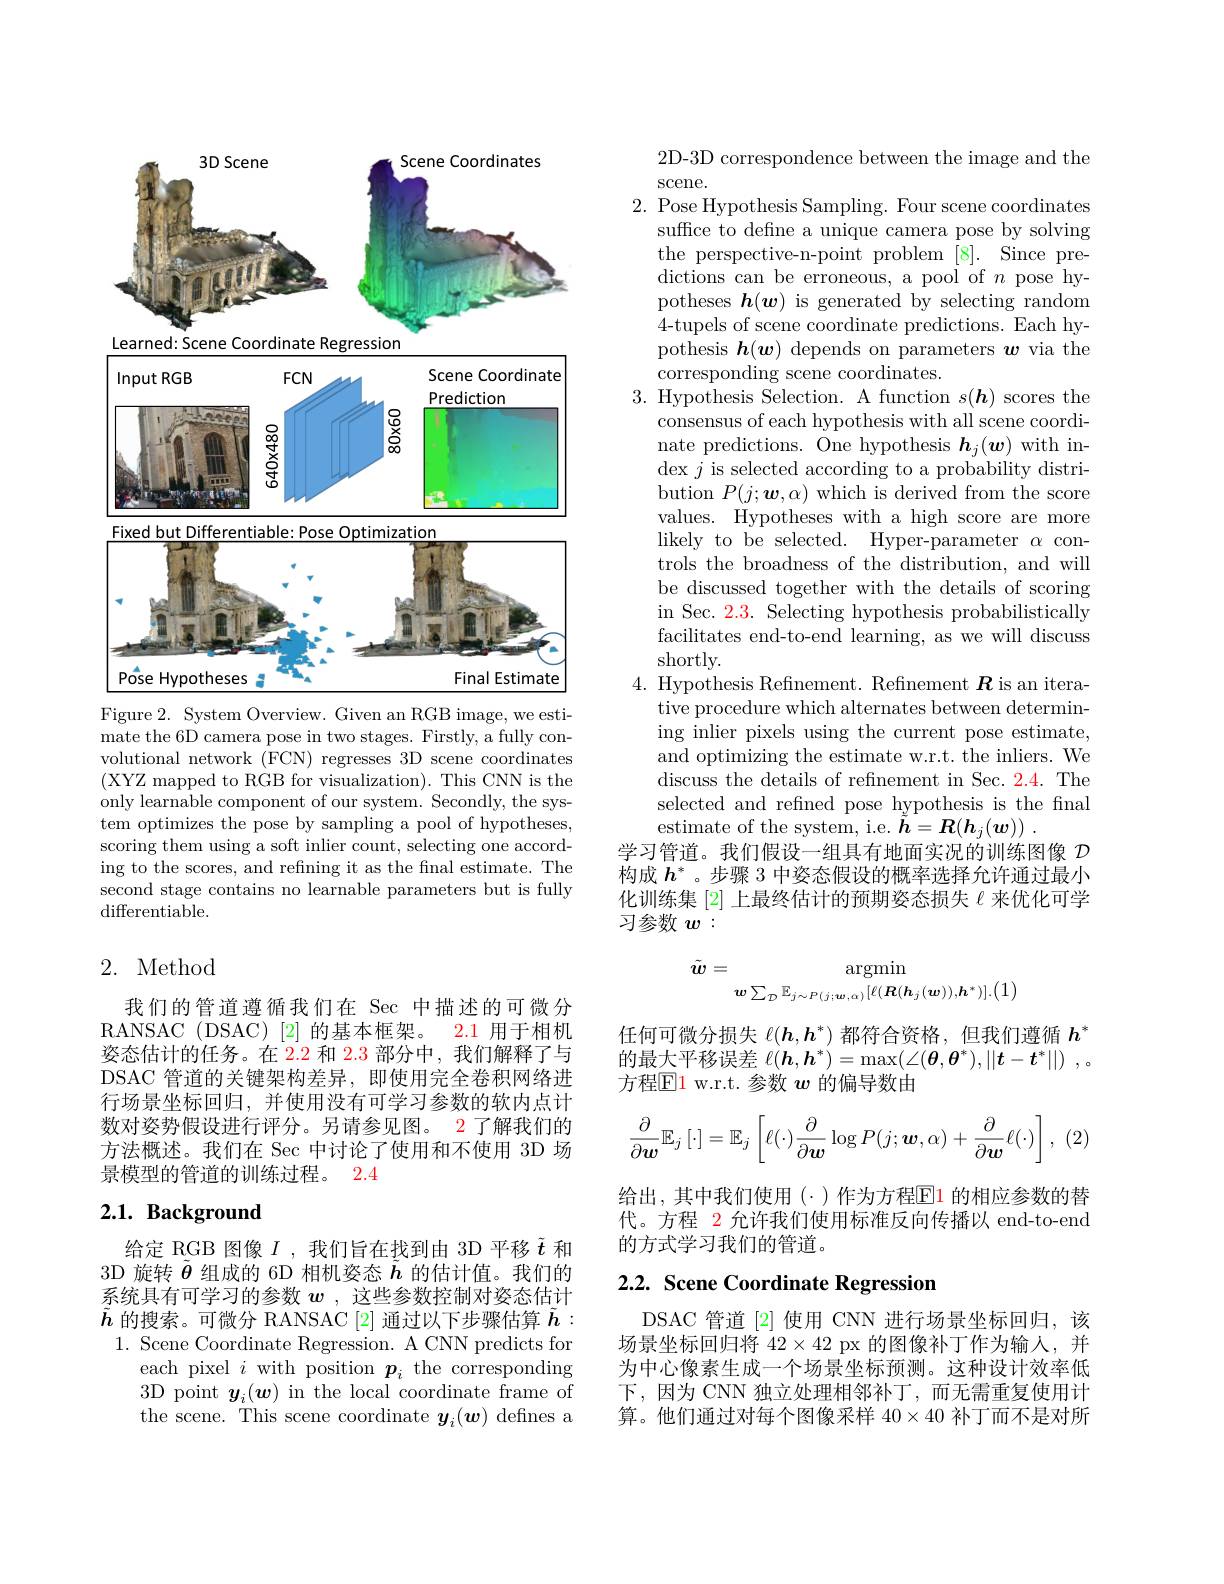
<FigureHere>
Figure 2. System Overview. Given an RGB image, we esti-

mate the 6D camera pose in two stages. Firstly, a fully convolutional network (FCN) regresses 3D scene coordinates (XYZ mapped to RGB for visualization). This CNN is the only learnable component of our system. Secondly, the system optimizes the pose by sampling a pool of hypotheses, scoring them using a soft inlier count, selecting one according to the scores, and refning it as the fnal estimate. The second stage contains no learnable parameters but is fully ${\mathrm{differentiable}}.$

## 2. Method

我们的管道遵循我们在 Sec 中描述的可微分RANSAC (DSAC)[2] 的基本框架。2.1 用于相机姿态估计的任务。在 2.2 和 2.3 部分中，我们解释了与DSAC 管道的关键架构差异，即使用完全卷积网络进行场景坐标回归，并使用没有可学习参数的软内点计数对姿势假设进行评分。另请参见图。2 了解我们的方法概述。我们在 Sec 中讨论了使用和不使用 3D 场景模型的管道的训练过程。2.4

## $2. 1. \textbf{ Background}$

给定 RGB 图像$I$ ,我们旨在找到由 3D 平移$\tilde{t}$和3D 旋转$\tilde{\boldsymbol{\theta}}$组成的 6D 相机姿态$\tilde{h}$的估计值。我们的系统具有可学习的参数$w$ ,这些参数控制对姿态估计$\tilde{h}$的搜索。可微分 RANSAC[2] 通过以下步骤估算$\tilde{h}:$
1. Scene Coordinate Regression. A CNN predicts for
each pixel $i$ with position $\boldsymbol{p}_i$ the corresponding 3D point $y_i(\boldsymbol{w})$ in the local coordinate frame of the scene. This scene coordinate $y_i(\boldsymbol{w})$ defines a

2D-3D correspondence between the image and the
scene.
2. Pose Hypothesis Sampling. Four scene coordinates
suffice to define a unique camera pose by solving the perspective-n-point problem [8]. Since predictions can be erroneous, a pool of $n$ pose hypotheses $\boldsymbol{h}(\boldsymbol{w})$ is generated by selecting random 4-tupels of scene coordinate predictions. Each hypothesis $\boldsymbol{h}(\boldsymbol{w})$ depends on parameters $\boldsymbol{w}$ via the corresponding scene coordinates.
3. Hypothesis Selection. A function $s(\boldsymbol{h})$ scores the
consensus of each hypothesis with all scene coordinate predictions. One hypothesis $\boldsymbol{h}_j(\boldsymbol{w})$ with in- $\operatorname*{dex}j$ is selected according to a probability distribution $P(j;\boldsymbol{w},\alpha)$ which is derived from the score values. Hypotheses with a high score are more likely to be selected. Hyper-parameter $\alpha$ controls the broadness of the distribution, and will be discussed together with the details of scoring in Sec. 2.3. Selecting hypothesis probabilistically facilitates end-to-end learning, as we will discuss shortly.
4. Hypothesis Refnement. Refinement $\boldsymbol{R}$ is an itera-
tive procedure which alternates between determining inlier pixels using the current pose estimate, and optimizing the estimate w.r.t. the inliers. We discuss the details of refinement in Sec. 2.4. The selected and refined pose hypothesis is the final estimate of the system, i.e. $\tilde{\boldsymbol{h}} = \boldsymbol{R}( \boldsymbol{h}_j( \boldsymbol{w}) )$ .
学习管道。我们假设一组具有地面实况的训练图像$D$ 构成$h^*$ 。步骤 3 中姿态假设的概率选择允许通过最小化训练集[2]上最终估计的预期姿态损失$\ell$来优化可学习参数$w:$
$$\tilde{\boldsymbol{w}}=\underset{\boldsymbol{w}\sum_{\mathcal{D}}\mathbb{E}_{j\sim P(j;\boldsymbol{w},\alpha)}[\ell(\boldsymbol{R}(\boldsymbol{h}_{j}(\boldsymbol{w})),\boldsymbol{h}^{*})].{(1)}}{\operatorname*{\operatorname*{argmin}}}$$
任何可微分损失$\ell(\boldsymbol h,\boldsymbol h^*)$都符合资格，但我们遵循$h^*$ 的最大平移误差$\ell ( \boldsymbol{h}, \boldsymbol{h}^* ) = \max ( \angle ( \boldsymbol{\theta }, \boldsymbol{\theta }^* ) , | | \boldsymbol{t}- \boldsymbol{t}^* | | )$ ,。方程$\boxed{\mathrm{E}}1$ w.r.t.参数 $w$ 的偏导数由
$$\frac{\partial}{\partial\boldsymbol{w}}\mathbb{E}_j\left[\cdot\right]=\mathbb{E}_j\left[\ell(\cdot)\frac{\partial}{\partial\boldsymbol{w}}\log P(j;\boldsymbol{w},\alpha)+\frac{\partial}{\partial\boldsymbol{w}}\ell(\cdot)\right],$$
(2)

给出，其中我们使用($\cdot)作为方程E1的相应参数的替$ 代。方程 2 允许我们使用标准反向传播以 end-to-end 的方式学习我们的管道。

# 2.2. Scene Coordinate Regression

DSAC 管道[2]使用 CNN 进行场景坐标回归，该场景坐标回归将$42\times42$ px 的图像补丁作为输人，并为中心像素生成一个场景坐标预测。这种设计效率低下，因为 CNN 独立处理相邻补丁，而无需重复使用计算。他们通过对每个图像采样$40\times40$补丁而不是对所